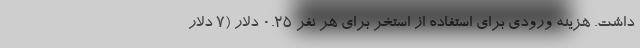
داشت. هزینه ورودی برای استفاده از استخر برای هر نفر 0.25 دلار (7 دلار